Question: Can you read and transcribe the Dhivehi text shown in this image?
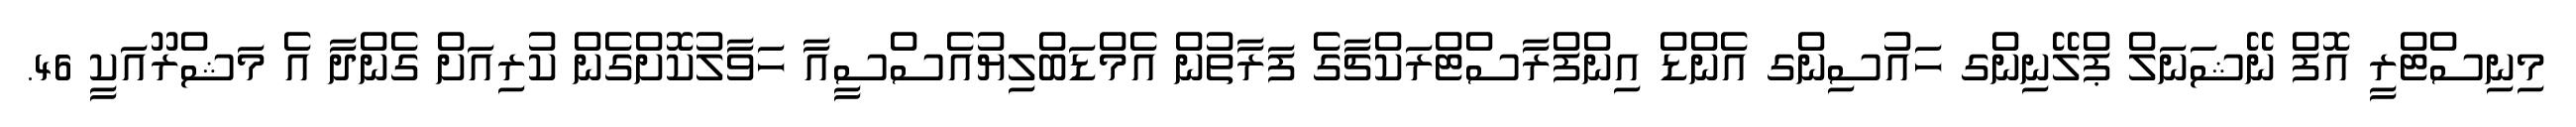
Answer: މިނިސްޓްރީ އޮފް ނޭޝަނަލް ޕްލޭނިންގ ހައުސިންގ އެންޑް އިންފްރާސްޓްރަކްޗާގެ ފަރާތުން އެމްޑަބްލިޔުއެސްސީއާ ހަވާލުކޮށްގެން ކުރިއަށް ގެންދާ އެ މަޝްރޫއަކީ 46.